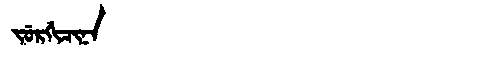
Manchu: ᠵᡠᡵᡤᡳᠴᡳᠨᠠ
Romanization: JURGICINA